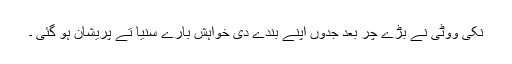
نکی ووٹی نے بڑے چر بعد جدوں اپنے بندے دی خواہش بارے سنیا تے پریشان ہو گئی ۔